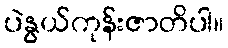
ပဲနွယ်ကုန်းဇာတိပါ။